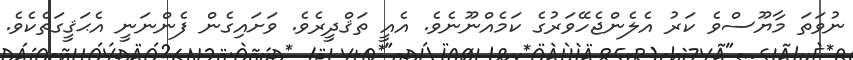
ނުވަތަ މާޔޫސްވެ ކަރު އެލެންޖެހޭވަރުގެ ކަމެއްނޫނެވެ. އެއީ ތަޤްދީރެވެ. ވަށައިގެން ފެންނަނީ އެޙަޤީގަތެކެވެ.